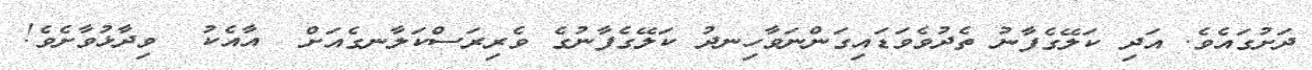
ދަށުގައެވެ. އަދި ކަލޭގެފާނު ތެދުވެވަޑައިގަންނަވާހިނދު ކަލޭގެފާނުގެ ވެރިރަސްކަލާނގެއަށް  އާއެކު  ވިދާޅުވާށެވެ!